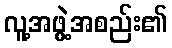
လူ့အဖွဲ့အစည်း၏